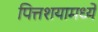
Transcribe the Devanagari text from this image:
पित्तशयामध्ये